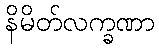
နိမိတ်လက္ခဏာ